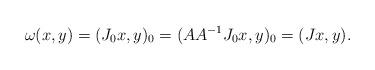
LaTeX: \begin{align*}\omega(x,y)=(J_0x,y)_0=(AA^{-1}J_0x,y)_0=(Jx,y).\end{align*}